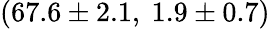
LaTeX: (67.6\pm 2.1,\ 1.9\pm 0.7)